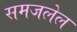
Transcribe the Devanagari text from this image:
समजलेल